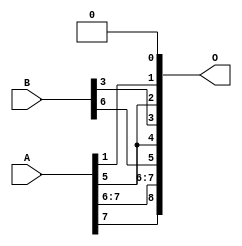
/***
* This code is a part of EvoApproxLib library (ehw.fit.vutbr.cz/approxlib) distributed under The MIT License.
* When used, please cite the following article(s): V. Mrazek, L. Sekanina, Z. Vasicek "Libraries of Approximate Circuits: Automated Design and Application in CNN Accelerators" IEEE Journal on Emerging and Selected Topics in Circuits and Systems, Vol 10, No 4, 2020 
* This file contains a circuit from a sub-set of pareto optimal circuits with respect to the pwr and wce parameters
***/
// MAE% = 25.00 %
// MAE = 64 
// WCE% = 50.00 %
// WCE = 128 
// WCRE% = 9700.00 %
// EP% = 99.95 %
// MRE% = 249.36 %
// MSE = 4798 
// PDK45_PWR = 0.000 mW
// PDK45_AREA = 0.0 um2
// PDK45_DELAY = 0.00 ns

module add8se_8XS (
    A,
    B,
    O
);

input [7:0] A;
input [7:0] B;
output [8:0] O;
assign O[8] = A[7];
assign O[7] = A[7];
assign O[6] = A[6];
assign O[5] = B[6];
assign O[4] = A[5];
assign O[3] = B[3];
assign O[2] = A[5];
assign O[1] = A[1];
assign O[0] = 1'b0;

endmodule